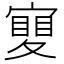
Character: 𡕹